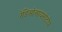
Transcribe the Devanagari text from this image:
रेडिओआयसोटोप